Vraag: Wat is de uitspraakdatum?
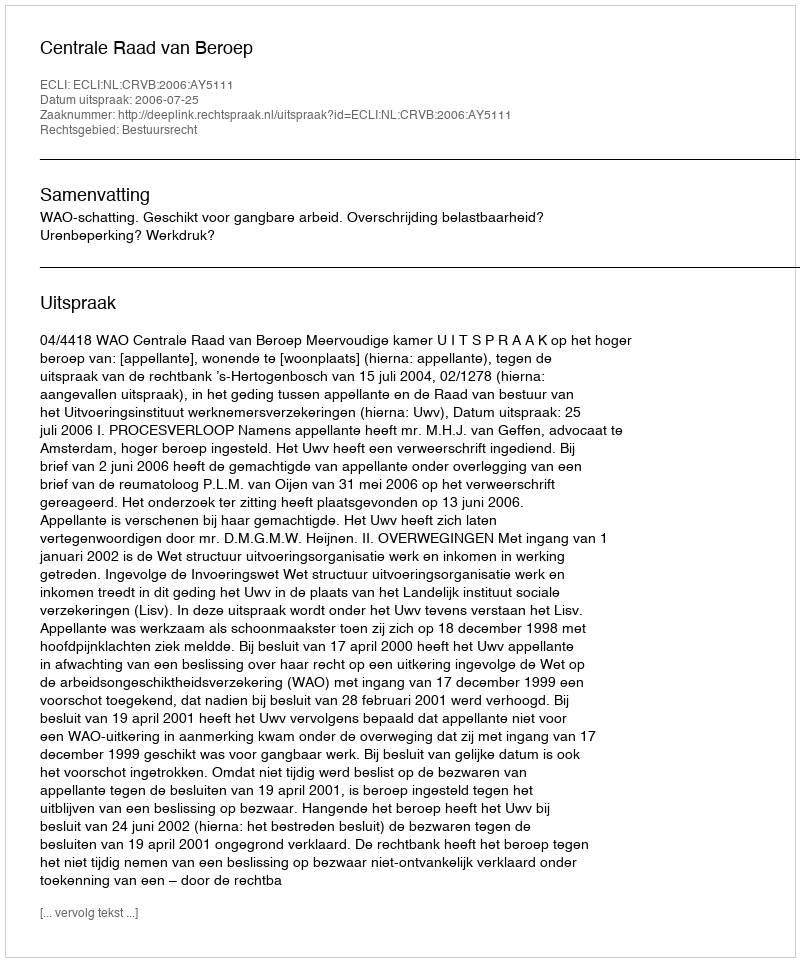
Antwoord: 2006-07-25